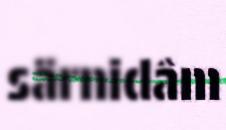
särnidâm